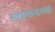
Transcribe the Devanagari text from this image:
स्वप्नरंजनात्मक